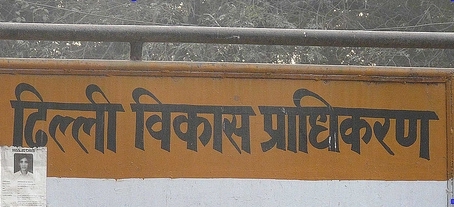
Language: hindi
Transcription: प्राधिकरण विकास दिल्ली